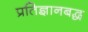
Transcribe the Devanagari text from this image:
प्रतिज्ञानबद्ध